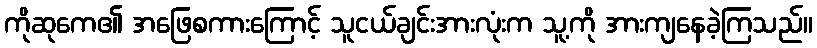
ကိုဆုကေ၏ အဖြေစကားကြောင့် သူငယ်ချင်းအားလုံးက သူ့ကို အားကျနေခဲ့ကြသည်။